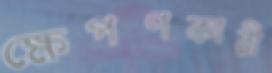
ক্ষেপণকারী